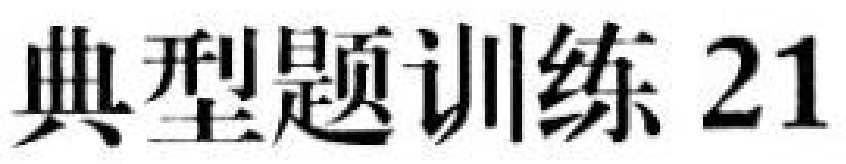
典型题训练 21